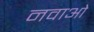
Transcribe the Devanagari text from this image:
नवाओ